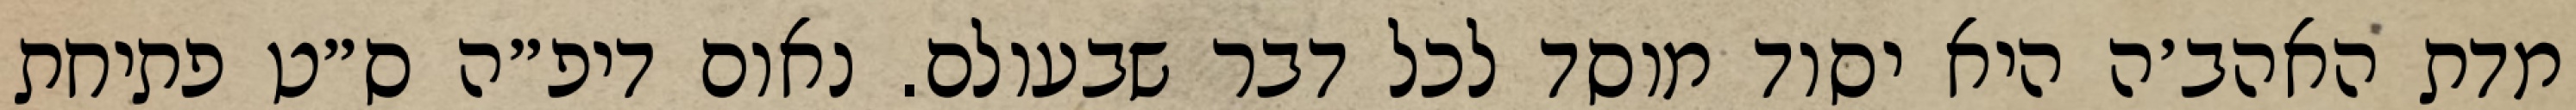
מדת האהב׳ה היא יסוד מוסד לכל דבר שבעולם. נאום דיפ״ה ס״ט פתיחת